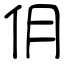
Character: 仴